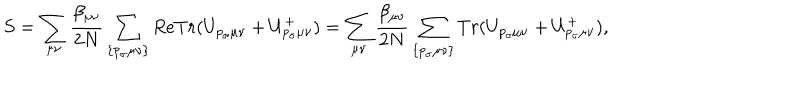
LaTeX: S = \sum _ { \mu \nu } \frac { \beta _ { \mu \nu } } { 2 N } \sum _ { \{ p _ { \sigma } \mu \nu \} } R e T r ( U _ { p _ { \sigma } \mu \nu } + U _ { p _ { \sigma } \mu \nu } ^ { + } ) = \sum _ { \mu \nu } \frac { \beta _ { \mu \nu } } { 2 N } \sum _ { \{ p _ { \sigma } \mu \nu \} } T r ( U _ { p _ { \sigma } \mu \nu } + U _ { p _ { \sigma } \mu \nu } ^ { + } ) ,